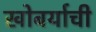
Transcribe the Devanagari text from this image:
खोबर्याची